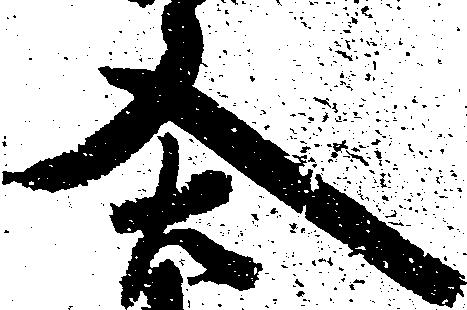
又